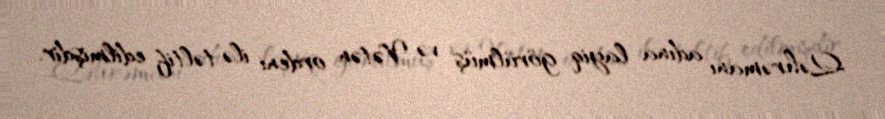
Qəhrəmanı adına layiq görülmüş və Vətən ordeni ilə təltif edilmişdir.